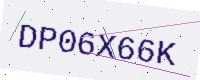
Text: DP06X66K